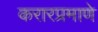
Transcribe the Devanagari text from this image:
करारप्रमाणे